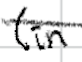
Text: (in
Cross-out: diagonal
Writing tool: digital_black